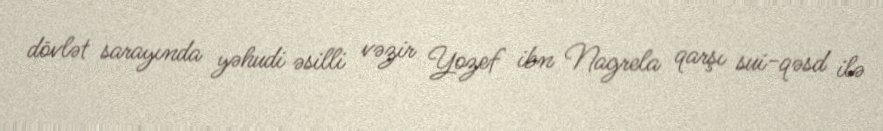
dövlət sarayında yəhudi əsilli vəzir Yozef ibn Nagrela qarşı sui-qəsd ilə